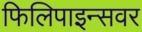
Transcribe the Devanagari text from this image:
फिलिपाइन्सवर